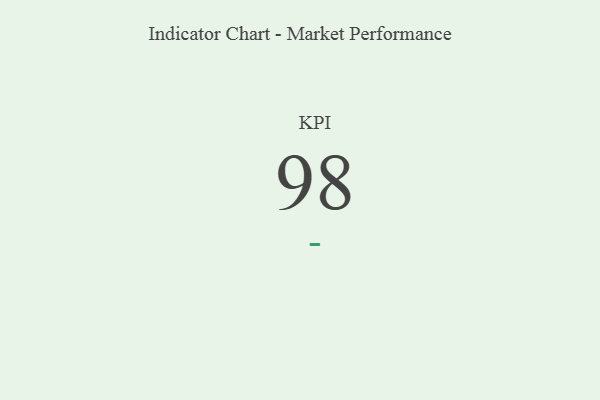
{"axis": {"x": "KPI", "y": "Value"}, "legend": [""], "data": [{"x": "KPI", "y": 98, "type": ""}]}